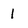
Character: 1